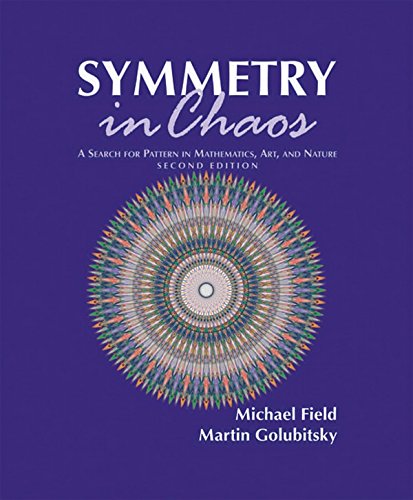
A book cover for Symmetry in Chaos: A Search for Pattern in Mathematics, Art, and Nature, Second Edition; Michael Field; Science & Math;